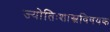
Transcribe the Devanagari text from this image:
ज्योतिःशास्त्रविषयक